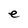
Character: e